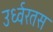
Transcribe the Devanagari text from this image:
उर्ध्वरतस